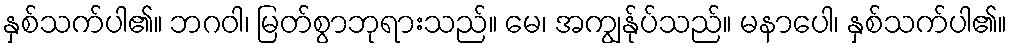
နှစ်သက်ပါ၏။ ဘဂဝါ၊ မြတ်စွာဘုရားသည်။ မေ၊ အကျွန်ုပ်သည်။ မနာပေါ၊ နှစ်သက်ပါ၏။